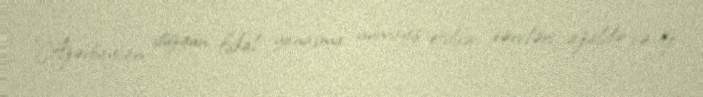
“Azərbaycan düzgün fiskal yanaşma nümayiş etdirir, xərcləri azaldır və öz